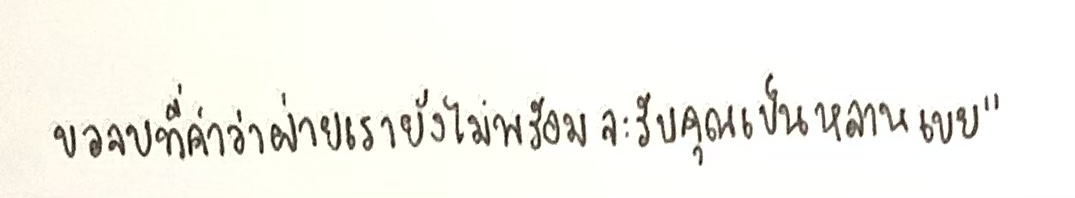
ขอจบที่คำว่าฝ่ายเรายังไม่พร้อมจะรับคุณเป็นหลานเขย"